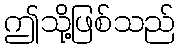
ဤသို့ဖြစ်သည်